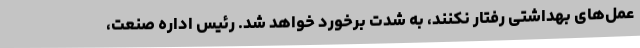
عمل‌های بهداشتی رفتار نکنند، به شدت برخورد خواهد شد. رئیس اداره صنعت،